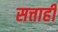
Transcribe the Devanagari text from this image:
सत्ताही